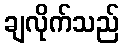
ချလိုက်သည်